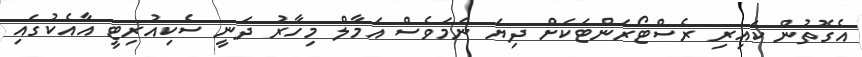
އެގޮތުން ކައިރި ރެސްޓޯރަންޓަކަށް ދިޔަަ ނަމަވެސް އަމާލް މިހާރު ދަނީ ސެކިއުރިޓީ އާއެކުގައި